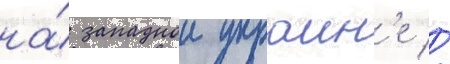
на́ западнои украин'е //